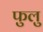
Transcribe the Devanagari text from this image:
फुलु